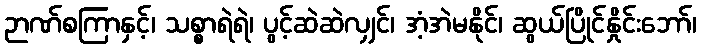
ဉာဏ်စကြာနှင့်၊ သစ္စာရဲရဲ၊ ပွင့်ဆဲဆဲလျှင်၊ အံ့အဲမနိုင်၊ ဆွယ်ပြိုင်နှိုင်းဘော်၊